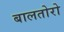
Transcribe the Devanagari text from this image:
बालतोरो